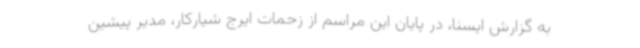
به گزارش ایسنا، در پایان این مراسم از زحمات ایرج شیارکار، مدیر پیشین